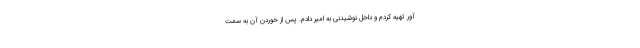
آور تهیه کردم و داخل نوشیدنی به امیر دادم. پس از خوردن آن به سمت